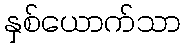
နှစ်ယောက်သာ